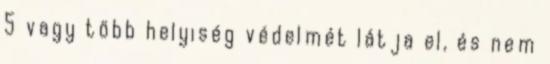
5 vagy több helyiség védelmét látja el, és nem